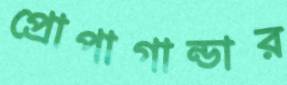
প্রোপাগান্ডার